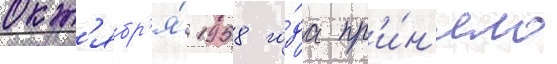
окт'ябр'я́ 1958 го́да пр'и́н'яло